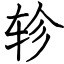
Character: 轸